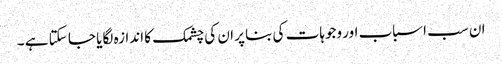
ان سب اسباب اور وجوہات کی بنا پر ان کی چشمک کا اندازہ لگایا جا سکتا ہے ۔